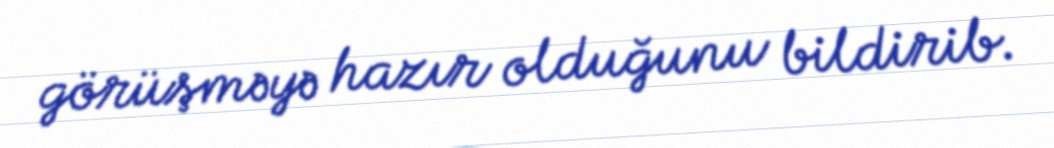
görüşməyə hazır olduğunu bildirib.